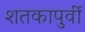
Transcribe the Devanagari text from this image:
शतकापुर्वी